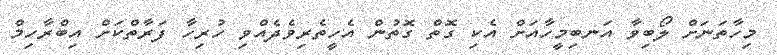
މިހާތަނަށް ލޯބިވާ އަނބިމީހާއަށް އެކި ގޮތް ގޮތުން އެހީތެރިވެދެއްވި ހުރިހާ ފަރާތްކަށް އިބްރާހިމް